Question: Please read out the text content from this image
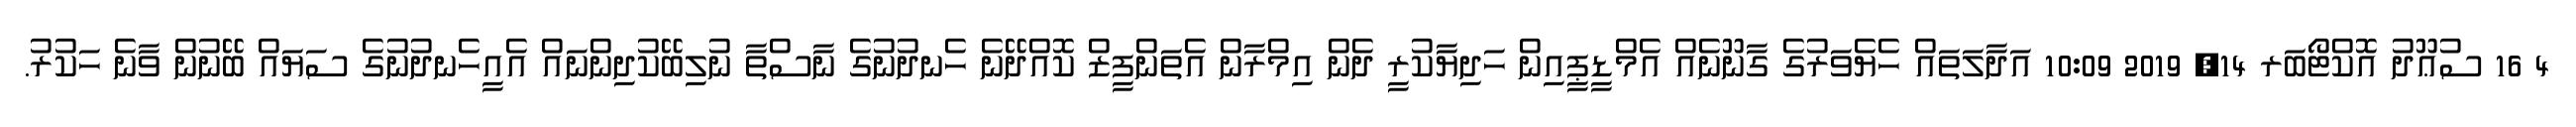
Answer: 4 16 ސުޢޫދު އޮކްޓޯބަރ 14, 2019 10:09 އަދާލަތައް ހެޔެވަރުގެ ގާނޫނެއް އެމްޑީޕީއިން ހަދިޔާކުރީ ދެން އިމްރާން އެތަންފީޒް ކޮއްދޭނެ ހެނދުނުގެ ނާސްތާ ނުލިބޭކުދިންނައް އެއީހެނދުނުގެ ސަޔައް ބޭނުން ވާނެ ހަކުރު.